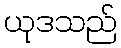
ယုဒသည်